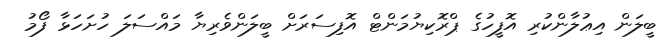
ބީލަން އިޢުލާންކުރި އޮފީހުގެ ޕްރޮކިޔުމަންޓް އޮފިސަރަށް ބީލަންވެރިޔާ މައްސަލަ ހުށަހަޅާ ފޯމު